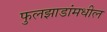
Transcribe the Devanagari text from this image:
फुलझाडांमधील